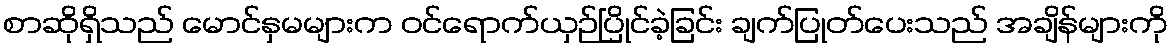
စာဆိုရှိသည် မောင်နှမများက ဝင်ရောက်ယှဉ်ပြိုင်ခဲ့ခြင်း ချက်ပြုတ်ပေးသည် အချိန်များကို